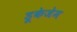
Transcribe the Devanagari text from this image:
डूकेजेम